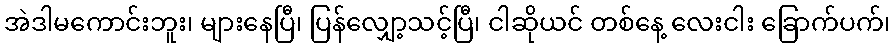
အဲဒါမကောင်းဘူး၊ များနေပြီ၊ ပြန်လျှော့သင့်ပြီ၊ ငါဆိုယင် တစ်နေ့ လေးငါး ခြောက်ပက်၊